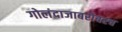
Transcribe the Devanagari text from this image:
गोलंदाजाबरोबरच